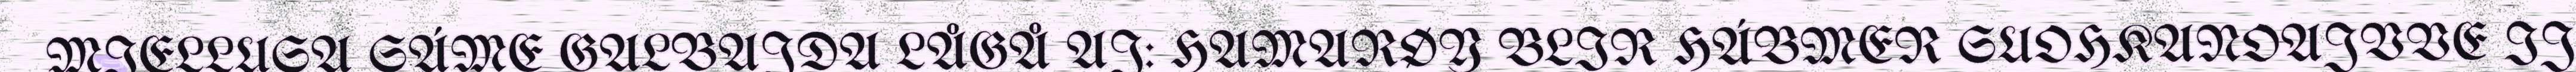
MIELLUSA SÁME GALBAJDA LÅGÅ AJ: HAMARØY BLIR HÁBMER SUOHKANOAJVVE IJ